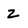
Character: Z